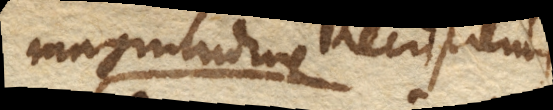
magnitudine Recipientis